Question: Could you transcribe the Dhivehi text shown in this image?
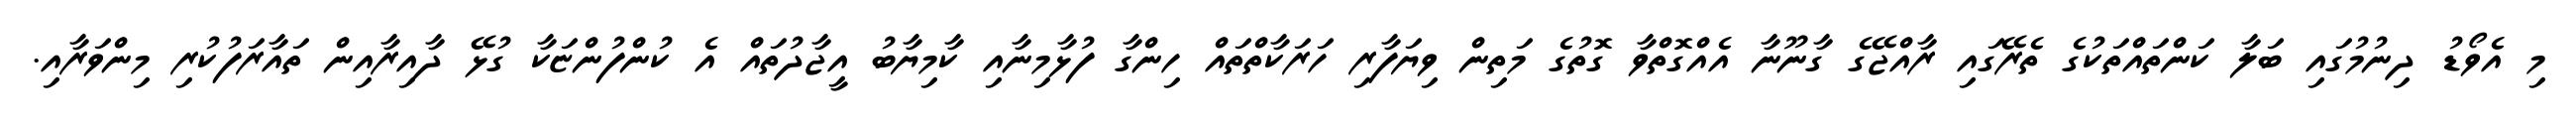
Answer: މި އެވޯޑު ދިނުމުގައި ބަލާ ކަންތައްތަކުގެ ތެރޭގައި ރާއްޖޭގެ ގާނޫނާ އެއްގޮތްވާ ގޮތުގެ މަތިން ވިޔަފާރި ހަރަކާތްތައް ހިންގާ ފުޅާމިނާއި ކާމިޔާބު އީޖާދުތައް އެ ކުންފުންޏަކާ ގުޅޭ ދާއިރާއިން ތައާރަފުކުރި މިންވަރާއި.